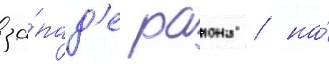
за́пад'е раиона / на́